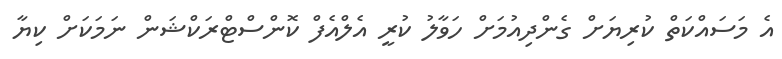
އެ މަސައްކަތް ކުރިޔަށް ގެންދިއުމަށް ހަވާލު ކުރީ އެލްއެފް ކޮންސްޓްރަކްޝަން ނަމަކަށް ކިޔާ